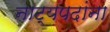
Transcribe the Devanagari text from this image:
नाट्यपदांना